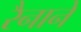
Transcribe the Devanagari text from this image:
रैनाने